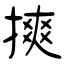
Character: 摤